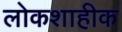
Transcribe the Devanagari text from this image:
लोकशाहीक